Leaving Certificate, 1901
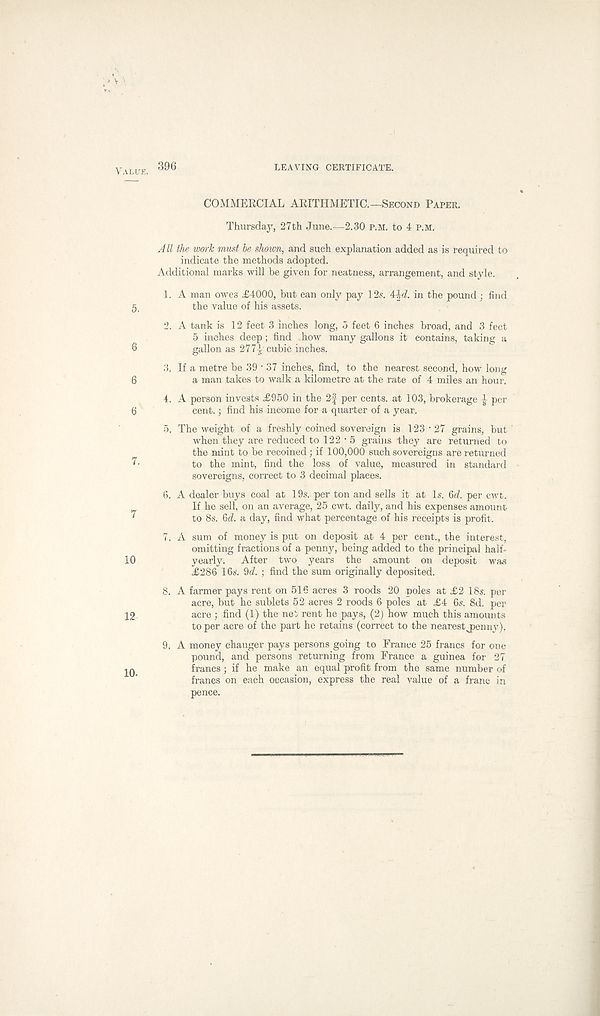
Value. 396
LEAVING CERTIFICATE.
COMMERCIAL ARITHMETIC.—Second Paper.
Thursday, 27th June.—2.30 P.M. to 4 p.m.
5.
6
6
6
7
10
12
A ll the work must he shown, and such explanation added as is required to
indicate the methods adopted.
Additional marks will be given for neatness, arrangement, and style.
1. A man owes £4000, but can only pay 12s. 44d in the pound ; find
the value of his assets.
2. A tank is 12 feet 3 inches long, 5 feet 6 inches broad, and 3 feet
5 inches deep ; find how many gallons it contains, taking a
gallon as 2771 cubic inches.
3. If a metre be 39 ■ 37 inches, find, to the nearest second, how long
a man takes to walk a kilometre at the rate of 4 miles an hour.
4. A person invests £950 in the 2f per cents, at 103, brokerage per
cent.; find his income for a quarter of a year.
5. The weight of a freshly coined sovereign is 123 • 27 grains, but '
when they are reduced to 122 • 5 grains they are returned to
the mint to be recoined; if 100,000 such sovereigns are returned
to the mint, find the loss of value, measured in standard
sovereigns, correct to 3 decimal places.
6. A dealer buys coal at 19s.. per ton and sells it at Is, 6ci. per cwt.
If he sell, on an average, 25 cwt. daily, and his expenses amount
to 8s. fid. a day, find what percentage of his receipts is profit.
7. A sum of money is put on deposit at 4 per cent., the interest,
omitting fractions of a penny, being added to the principal half-
yearly. After two years the amount on deposit was
£286 16s. 9d. ; find the sum originally deposited.
8. A farmer pays rent on 516 acres 3 roods 20 poles at £2 18s. per
acre, but he sublets 52 acres 2 roods 6 poles at £4 6s. 8d. per
acre ; find (1) the nei rent he pays, (2) how much this amounts
to per acre of the part he retains (correct to the nearest jjenny),
9. A money changer pays persons going to France 25 francs for one
pound, and persons returning from France a guinea for 27
francs ; if he make an equal profit from the same number of
francs on each occasion, express the real value of a franc in
pence.
10-